Indian journal of veterinary science and animal husbandry - Volume 11,
Year: 1941
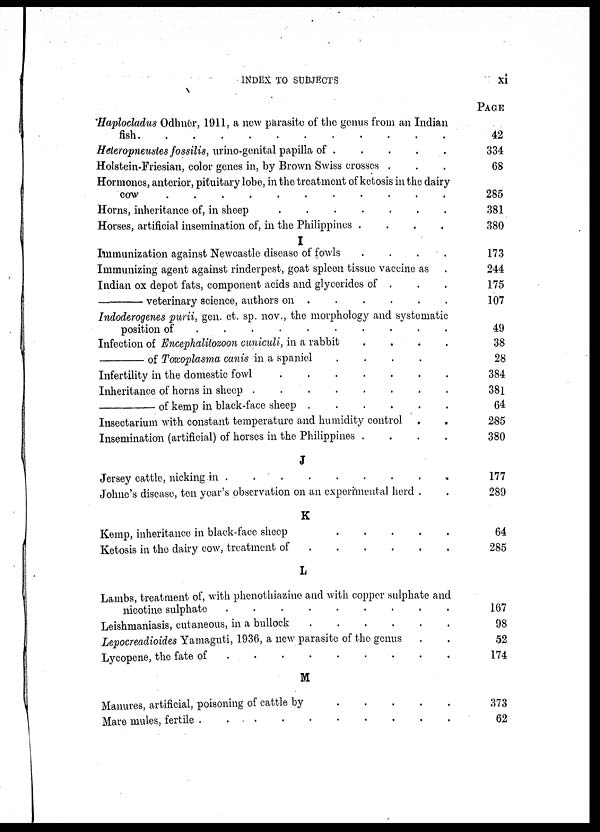
INDEX TO SUBJECTS xi
Haplocladus Odhner, 1911, a new parasite of the genus from an Indian
fish . . . . . . . . . . . . .
Heteropneustes fossilis, urino-genital papilla of . . . . .
Holstein-Friesian, color genes in, by Brown Swiss crosses . . .
Hormones, anterior, pituitary lobe, in the treatment of ketosis in the dairy
cow
.
.
.
.
.
.
.
.
.
.
.
.
.
Horns, inheritance of, in sheep
.
.
.
.
.
.
.
Horses, artificial insemination of, in the Philippines
.
.
.
.
I
Immunization against Newcastle disease of fowls . . . .
Immunizing agent against rinderpest, goat spleen tissue vaccine as .
Indian ox depot fats, component acids and glycerides of . . .
—
veterinary science, authors on . . . . . .
Indoderogenes purii, gen. et. sp. nov., the morphology and systematic
position of . . . . . . . . . . . . .
Infection of Encephalitozoon cuniculi, in a rabbit
.
.
.
.
—
of Toxoplasma canis in a spaniel
.
.
.
.
Infertility in the domestic fowl
.
.
.
.
.
.
.
Inheritance of horns in sheep
.
.
.
.
.
.
.
.
—
of kemp in black-face sheep
.
.
.
.
.
.
Insectarium with constant temperature and humidity control .
.
Insemination (artificial) of horses in the Philippines
.
.
.
.
J
Jersey cattle, nicking in
.
.
.
.
.
.
.
.
.
Johne's disease, ten year's observation on an experimental herd . .
K
Kemp, inheritance in black-face sheep
.
.
.
.
.
Ketosis in the dairy cow, treatment of
.
.
.
.
.
.
L
Lambs, treatment of, with phenothiazine and with copper sulphate and
nicotine sulphate
.
.
.
.
.
.
.
.
.
Leishmaniasis, cutaneous, in a bullock
.
.
.
.
.
.
Lepocreadioides Yamaguti, 1936, a new parasite of the genus . .
Lycopene, the fate of
.
.
.
.
.
.
.
.
.
M
Manures, artificial, poisoning of cattle by
.
.
.
.
.
Mare mules, fertile . . . . . . . . . .
PAGE
42
334
68
285
381
380
173
244
175
107
49
38
28
384
381
64
285
380
177
289
64
285
167
98
52
174
373
62